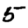
Digit: 5